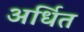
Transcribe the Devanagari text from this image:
अर्धित